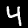
Digit: 4